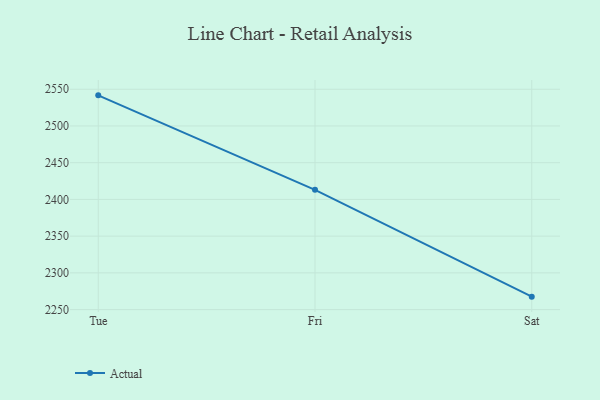
{"axis": {"x": "Day", "y": "Production Output"}, "legend": ["Actual"], "data": [{"x": "Tue", "y": 2541.7, "type": "Actual"}, {"x": "Fri", "y": 2413.1, "type": "Actual"}, {"x": "Sat", "y": 2267.6, "type": "Actual"}]}